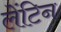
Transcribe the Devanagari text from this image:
लेंटिन